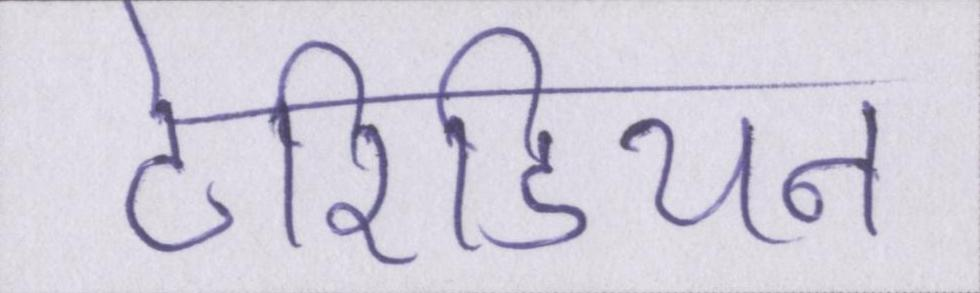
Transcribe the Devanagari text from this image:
टेरिडियन